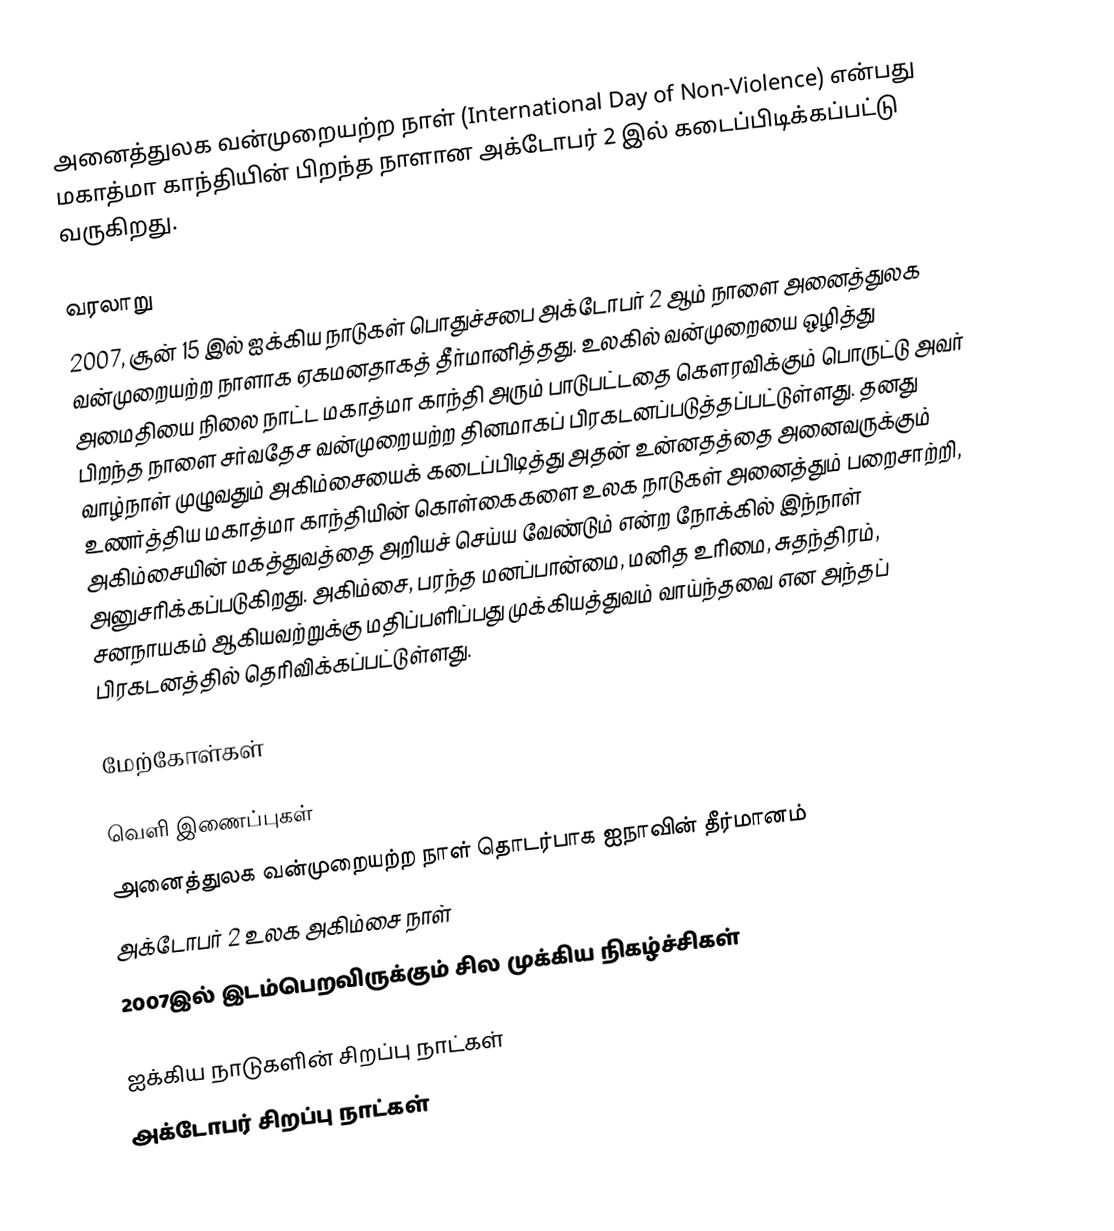
அனைத்துலக வன்முறையற்ற நாள் (International Day of Non-Violence) என்பது மகாத்மா காந்தியின் பிறந்த நாளான அக்டோபர் 2 இல் கடைப்பிடிக்கப்பட்டு வருகிறது.

வரலாறு
2007, சூன் 15 இல் ஐக்கிய நாடுகள் பொதுச்சபை அக்டோபர் 2 ஆம் நாளை அனைத்துலக வன்முறையற்ற நாளாக ஏகமனதாகத் தீர்மானித்தது. உலகில் வன்முறையை ஒழித்து அமைதியை நிலை நாட்ட மகாத்மா காந்தி அரும் பாடுபட்டதை கௌரவிக்கும் பொருட்டு அவர் பிறந்த நாளை சர்வதேச வன்முறையற்ற தினமாகப் பிரகடனப்படுத்தப்பட்டுள்ளது. தனது வாழ்நாள் முழுவதும் அகிம்சையைக் கடைப்பிடித்து அதன் உன்னதத்தை அனைவருக்கும் உணர்த்திய மகாத்மா காந்தியின் கொள்கைகளை உலக நாடுகள் அனைத்தும் பறைசாற்றி, அகிம்சையின் மகத்துவத்தை அறியச் செய்ய வேண்டும் என்ற நோக்கில் இந்நாள் அனுசரிக்கப்படுகிறது. அகிம்சை, பரந்த மனப்பான்மை, மனித உரிமை, சுதந்திரம், சனநாயகம் ஆகியவற்றுக்கு மதிப்பளிப்பது முக்கியத்துவம் வாய்ந்தவை என அந்தப் பிரகடனத்தில் தெரிவிக்கப்பட்டுள்ளது.

மேற்கோள்கள்

வெளி இணைப்புகள்
அனைத்துலக வன்முறையற்ற நாள் தொடர்பாக ஐநாவின் தீர்மானம்
அக்டோபர் 2 உலக அகிம்சை நாள்
 2007இல் இடம்பெறவிருக்கும் சில முக்கிய நிகழ்ச்சிகள்

ஐக்கிய நாடுகளின் சிறப்பு நாட்கள்
அக்டோபர் சிறப்பு நாட்கள்